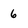
Character: 6